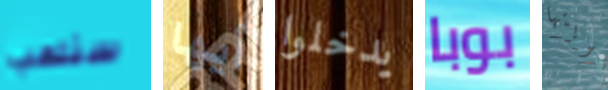
سنلعب أيها يدخلوا بوبا هويتها